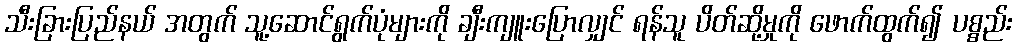
သီးခြားပြည်နယ် အတွက် သူ့ဆောင်ရွက်ပုံများကို ချီးကျူးပြောလျှင် ရန်သူ ပိတ်ဆို့မှုကို ဖောက်ထွက်၍ ပစ္စည်း